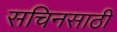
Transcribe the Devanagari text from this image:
सचिनसाठी